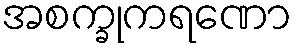
အစက္ခုကရဏော